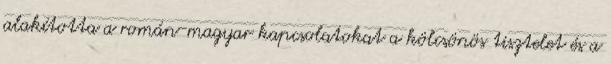
alakította a román-magyar kapcsolatokat a kölcsönös tisztelet és a